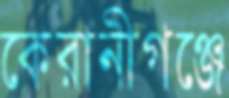
কেরানীগঞ্জে